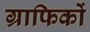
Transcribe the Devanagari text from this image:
ग्राफिकों